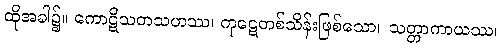
ထိုအခါ၌။ ကောဋိသတသဟဿ၊ ကုဋေတစ်သိန်းဖြစ်သော။ သတ္တာကာယဿ၊